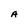
Character: A